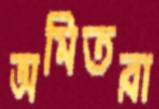
অমিতরা